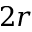
2 r